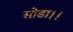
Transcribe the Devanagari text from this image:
सोडा।।